Annual report on the Civil Veterinary Department, Burma (including the Insein Veterinary School) - 1923-1931
Year: 1923
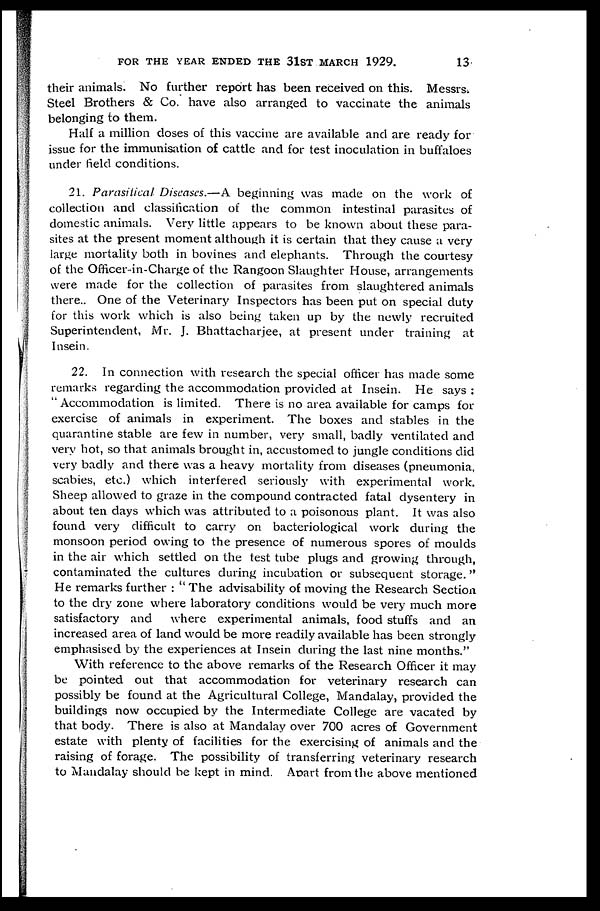
FOR THE YEAR ENDED THE 31ST MARCH 1929.
13
their animals. No further report has been received on this. Messrs.
Steel Brothers & Co. have also arranged to vaccinate the animals
belonging to them.
Half a million doses of this vaccine are available and are ready for
issue for the immunisation of cattle and for test inoculation in buffaloes
under field conditions.
21. Parasitical Diseases.—A beginning was made on the work of
collection and classification of the common intestinal parasites of
domestic animals. Very little appears to be known about these para-
sites at the present moment although it is certain that they cause a very
large mortality both in bovines and elephants. Through the courtesy
of the Officer-in-Charge of the Rangoon Slaughter House, arrangements
were made for the collection of parasites from slaughtered animals
there.. One of the Veterinary Inspectors has been put on special duty
for this work which is also being taken up by the newly recruited
Superintendent, Mr. J. Bhattacharjee, at present under training at
Insein.
22. In connection with research the special officer has made some
remarks regarding the accommodation provided at Insein. He says :
" Accommodation is limited. There is no area available for camps for
exercise of animals in experiment. The boxes and stables in the
quarantine stable are few in number, very small, badly ventilated and
very hot, so that animals brought in, accustomed to jungle conditions did
very badly and there was a heavy mortality from diseases (pneumonia,
scabies, etc.) which interfered seriously with experimental work.
Sheep allowed to graze in the compound contracted fatal dysentery in
about ten days which was attributed to a poisonous plant. It was also
found very difficult to carry on bacteriological work during the
monsoon period owing to the presence of numerous spores of moulds
in the air which settled on the test tube plugs and growing through,
contaminated the cultures during incubation or subsequent storage. "
He remarks further : " The advisability of moving the Research Section
to the dry zone where laboratory conditions would be very much more
satisfactory and where experimental animals, food stuffs and an
increased area of land would be more readily available has been strongly
emphasised by the experiences at Insein during the last nine months."
With reference to the above remarks of the Research Officer it may
be pointed out that accommodation for veterinary research can
possibly be found at the Agricultural College, Mandalay, provided the
buildings now occupied by the Intermediate College are vacated by
that body. There is also at Mandalay over 700 acres of Government
estate with plenty of facilities for the exercising of animals and the
raising of forage. The possibility of transferring veterinary research
to Mandalay should be kept in mind. Apart from the above mentioned